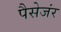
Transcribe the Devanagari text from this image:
पैसेजंर